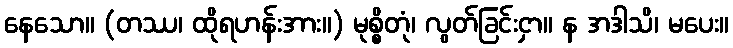
နေသော။ (တဿ၊ ထိုရဟန်းအား။) မုစ္စိတုံ၊ လွတ်ခြင်းငှာ။ န အဒါသိ၊ မပေး။